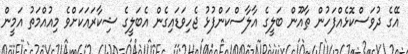
އޭގެ ދުވަސްކޮޅެއްފަހުން ޠާއޫން ބަލީގެ އާލާސްކަންފުޅު ޖެހިވަޑައިގެން އެބަލީގެ ޝިކާރައަކަށްވެ މިއުއްމަތު އަމީން